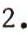
2.